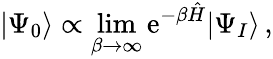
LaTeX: |\Psi_{0}\rangle\propto\underset{\beta\to\infty}{\operatorname*{lim}}\mathrm{e}^{-\beta\hat{{H}}}|\Psi_{I}\rangle\, ,